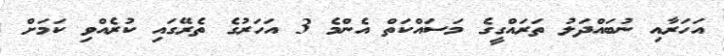
އަހަރާއި ނުބައްދަލު ތަރައްގީގެ މަސައްކަތް އެންމެ 3 އަހަރުގެ ތެރޭގައި ކުރެއްވި ކަމަށް